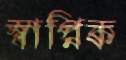
স্বাপ্নিক